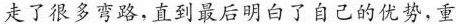
走了很多弯路，直到最后明白了自己的优势，重